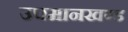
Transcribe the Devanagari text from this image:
उपमानखण्ड